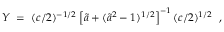
Y \; = \; ( c / 2 ) ^ { - 1 / 2 } \left[ \tilde { a } + ( \tilde { a } ^ { 2 } - 1 ) ^ { 1 / 2 } \right] ^ { - 1 } ( c / 2 ) ^ { 1 / 2 } \; \; ,